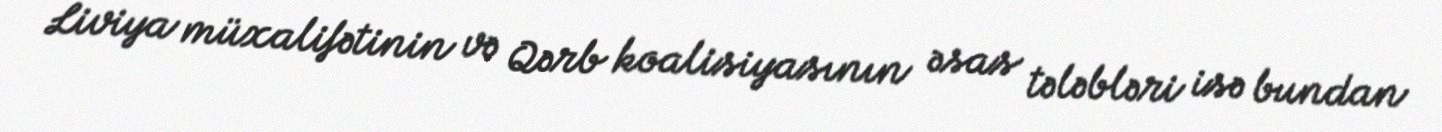
Liviya müxalifətinin və Qərb koalisiyasının əsas tələbləri isə bundan